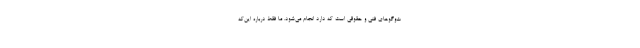
ت‌وگوهای فنی و حقوقی است که دارد انجام می‌شود. ما فقط درباره این‌که